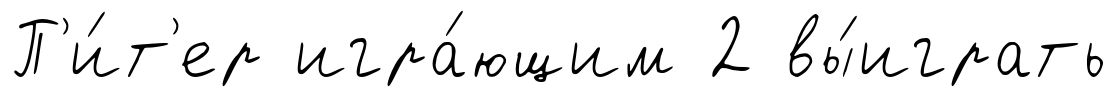
П'и́т'ер игра́ющим 2 вы́играть